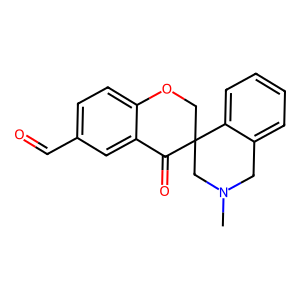
SMILES: CN1Cc2ccccc2C2(COc3ccc(C=O)cc3C2=O)C1
Inhibits HIV replication: No